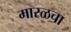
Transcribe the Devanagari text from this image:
मारळचा